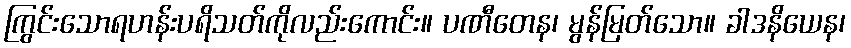
ကြွင်းသောရဟန်းပရိသတ်ကိုလည်းကောင်း။ ပဏီတေန၊ မွန်မြတ်သော။ ခါဒနိယေန၊